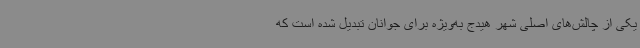
یکی از چالش‌های اصلی شهر هیدج به‌ویژه برای جوانان تبدیل شده است که